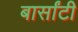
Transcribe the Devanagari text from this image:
बार्सांटी